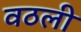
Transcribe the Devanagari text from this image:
वठली